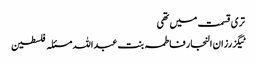
تری قسمت میں تھی
ٹیگزرزان النجار فاطمہ بنت عبداللہ مسئلہ فلسطین